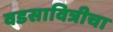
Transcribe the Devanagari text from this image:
वडसावित्रीचा